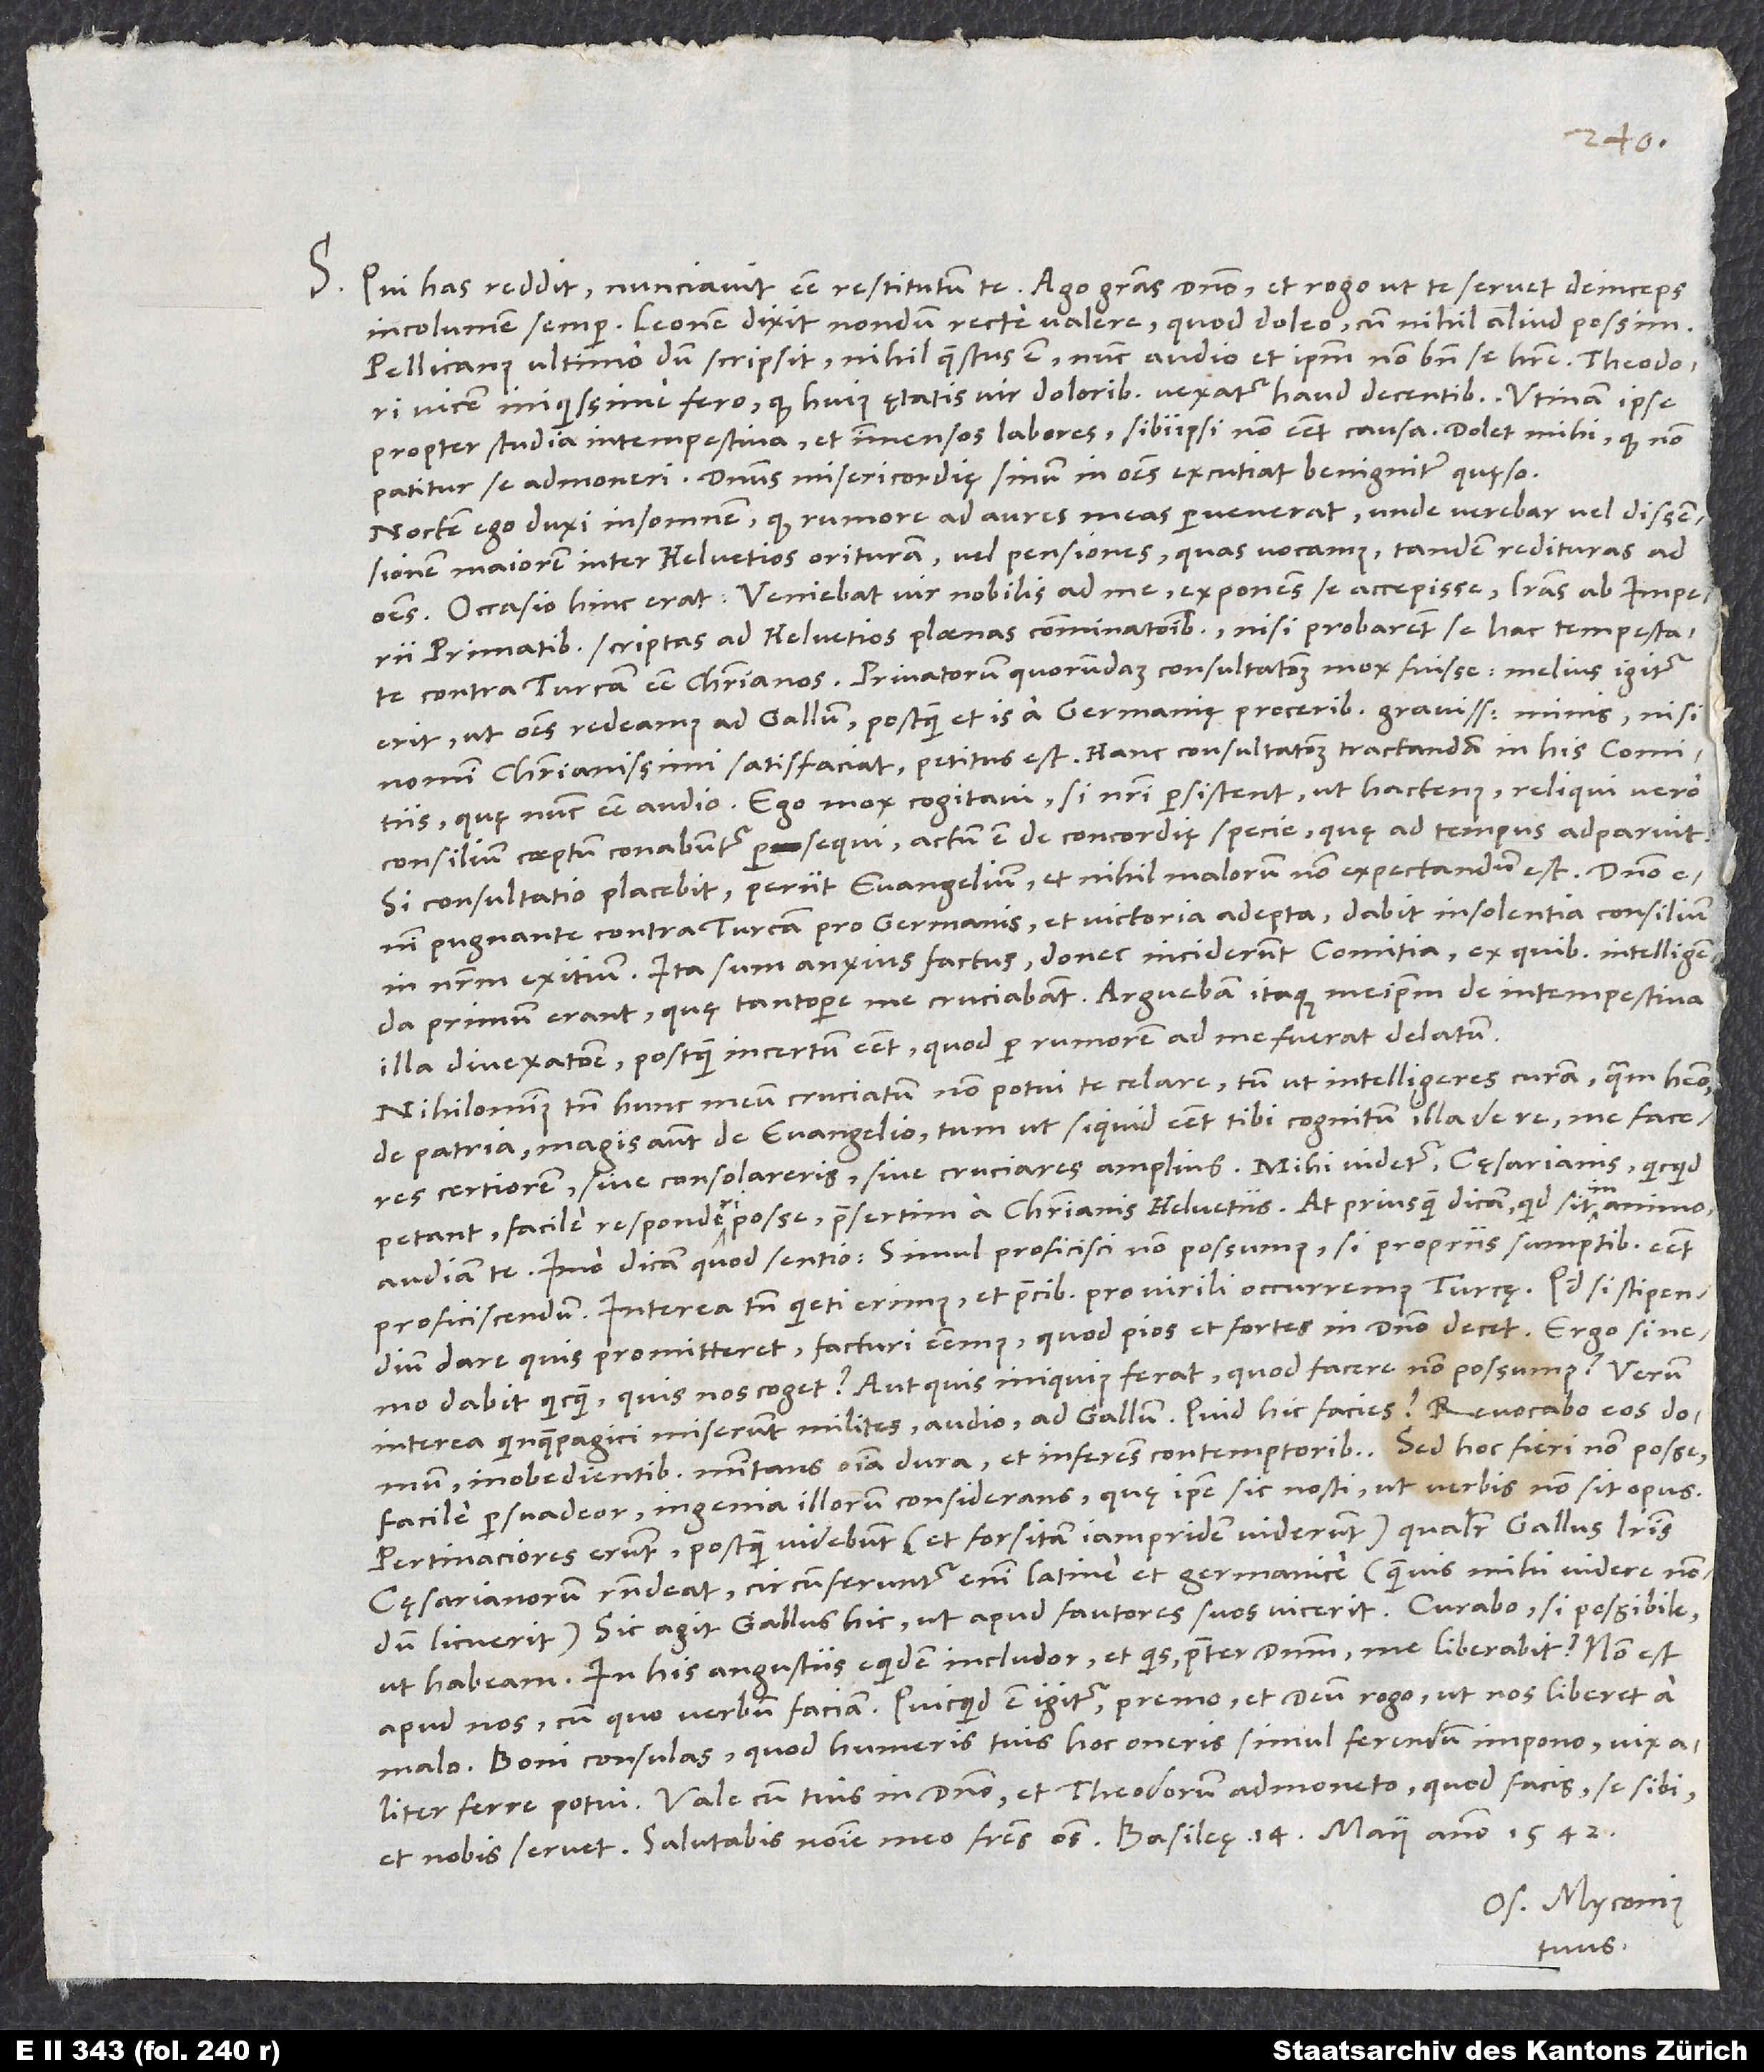
S. Qui has reddit, nunciavit esse restitutum te. Ago gratias domino et rogo, ut te servet deinceps
incolumem semper. Leonem dixit nondum recte valere, quod doleo, cum nihil aliud possim.
Pellicanus ultimo dum scripsit, nihil questus est; nunc audio et ipsum non bene se habere. Theodori
vicem iniquissime fero, quod huius ętatis vir doloribus vexatur haud decentibus. Utinam ipse
propter studia intempestiva et immensos labores sibiipsi non esset causa! Dolet mihi, quod non
patitur se admoneri. Dominus misericordię sinum in omnes excutiat benigniter, quęso.
Noctem ego duxi insomnem, quod rumore ad aures meas pervenerat, unde verebar vel dissensionem
maiorem inter Helvetios orituram vel pensiones, quas vocamus, tandem redituras ad
omnes. Occasio hinc erat: Veniebat vir nobilis ad me exponens se accepisse literas ab imperii
primatibus scriptas ad Helvetios plaenas comminationibus, nisi probarent se hac tempestate
contra Turcam esse christianos. Privatorum quorundam consultationem mox fuisse: Melius igitur
erit, ut omnes redeamus ad Gallum, postquam et is a Germanię proceribus gravissimis minis, nisi
nomini christianissimi satisfaciat, petitus est. Hanc consultationem tractandam in his comitiis,
quę nunc esse audio. Ego mox cogitavi: Si nostri persistent ut hactenus, reliqui vero
consilium coeptum conabuntur persequi, actum est de concordię specie, quę ad tempus adparuit.
Si consultatio placebit, periit evangelium, et nihil malorum non expectandum est. Domino
pugnante contra Turcam pro Germanis et victoria adepta, dabit insolentia consilium
primum erant, quę tantopere me cruciabant. Arguebam itaque meipsum de intempestiva
illa divexatione, postquam incertum esset, quod per rumorem ad me fuerat delatum.
Nihilominus tamen hunc meum cruciatum non potui te celare, tum ut intelligeres curam, quam habeo
de patria, magis autem de evangelio, tum ut, si quid esset tibi cognitum illa de re, me faceres
certiorem, sive consolareris sive cruciares amplius. Mihi videtur cęsarianis, quicquid
petant, facile responderi posse, praesertim a christianis Helvetiis. At priusquam dicam, quid sit in animo,
audiam te. Imo dicam, quod sentio: Simul proficisci non possumus, si propriis sumptibus esset
proficiscendum. Interea tamen quieti erimus et precibus pro virili occurremus Turcę. Quodsi stipendium
dare quis promitteret, facturi essemus, quod pios et fortes in domino decet. Ergo si
dabit quicquam, quis nos coget? Aut quis iniquius ferat, quod facere non possumus? Verum
interea Quinquepagici miserunt milites, audio, ad Gallum. Quid hic facies? Revocabo eos domum
inobedientibus minitans omnia dura et inferens contemptoribus. Sed hoc fieri non posse
facile persuadeor ingenia illorum considerans, quę ipse sic nosti, ut verbis non sit opus.
Pertinaciores erunt, postquam videbunt (et forsitan iampridem viderunt), qualiter Gallus literis
cęsarianorum respondeat; circumferuntur enim Latine et Germanice (quamvis mihi videre nondum
licuerit). Sic agit Gallus hic, ut apud fautores suos vicerit. Curabo, si possibile,
ut habeam. In his angustiis equidem includor, et quis praeter dominum me liberabit? Non est
apud nos, cum quo verbum faciam. Quicquid est igitur, premo et deum rogo, ut nos liberet a
malo. Boni consulas, quod humeris tuis hoc oneris simul ferendum impono; vix
Vale cum tuis in domino et Theodorum admoneto, quod facis, se sibi
Os. Myconius
tuus.